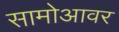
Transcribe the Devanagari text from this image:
सामोआवर